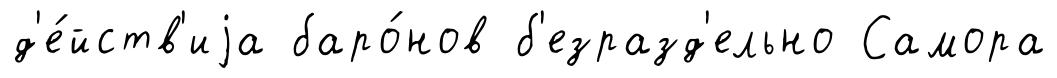
д'е́йств'иjа баро́нов б'езразд'ельно Самора